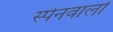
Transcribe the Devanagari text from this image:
स्पेनवालों